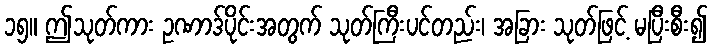
၁၅။ ဤသုတ်ကား ဥဏာဒ်ပိုင်းအတွက် သုတ်ကြီးပင်တည်း၊ အခြား သုတ်ဖြင့် မပြီးစီး၍